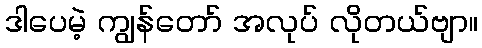
ဒါပေမဲ့ ကျွန်တော် အလုပ် လိုတယ်ဗျာ။